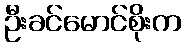
ဦးခင်မောင်စိုးက